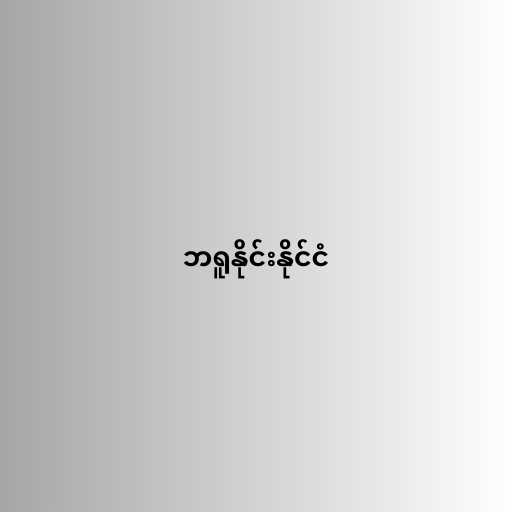
ဘရူနိုင်းနိုင်ငံ